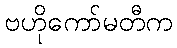
ဗဟိုကော်မတီက